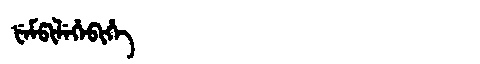
Manchu: ᡶᡝᠮᡦᡳᠯᡝᡥᡝᠪᡳᡥᡝ
Romanization: FEMPILEHEBIHE